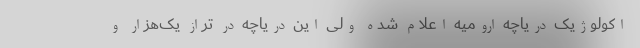
اکولوژیک دریاچه ارومیه اعلام شده ولی این دریاچه در تراز یک‌هزار و